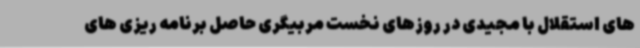
های استقلال با مجیدی در روزهای نخست مربیگری حاصل برنامه ریزی های